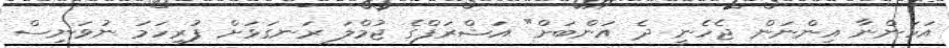
އަހަންނާ އިންނަން ޖެހެނީ ދެ އަންބަށް" އަޝްރަފްގެ ޖުމްލަ ރަނގަޅަށް ފުރިހަމަ ނުވަނިސް